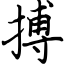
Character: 搏